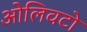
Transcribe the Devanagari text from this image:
ओलिवटो